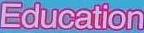
Education